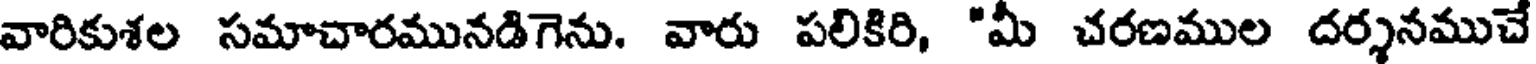
వారికుశల సమాచారమునడిగెను. వారు పలికిరి, "మీ చరణముల దర్శనముచే